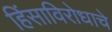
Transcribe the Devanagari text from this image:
हिंसाविरोधाचे